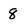
Character: 8